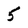
Character: 5